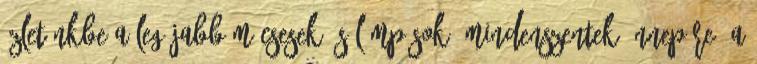
üzletünkbe a legújabb mécsesek és lámpások. Mindenszentek ünnepére, a